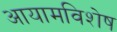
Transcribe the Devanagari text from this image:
आयामविशेष